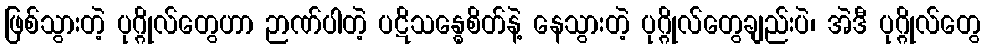
ဖြစ်သွားတဲ့ ပုဂ္ဂိုလ်တွေဟာ ဉာဏ်ပါတဲ့ ပဋိသန္ဓေစိတ်နဲ့ နေသွားတဲ့ ပုဂ္ဂိုလ်တွေချည်းပဲ၊ အဲဒီ ပုဂ္ဂိုလ်တွေ